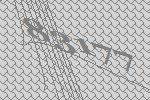
83177